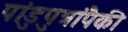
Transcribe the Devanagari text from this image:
पांडुपुत्रांपैकी